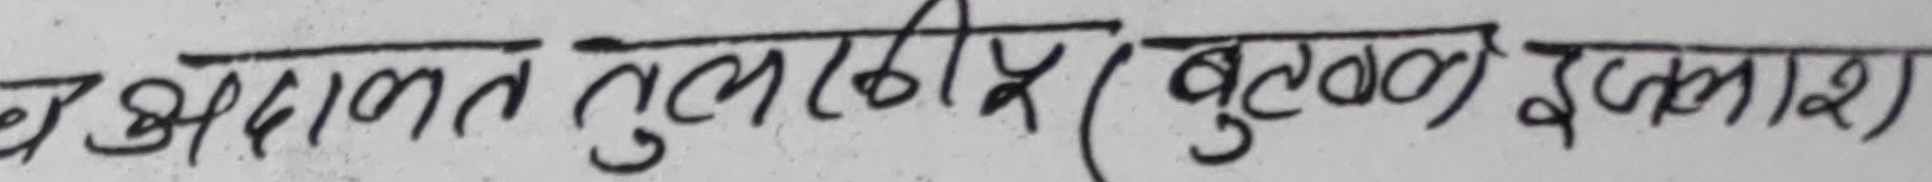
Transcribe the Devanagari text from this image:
ह अदालत तुलकीर (बुटवल इलाका)